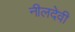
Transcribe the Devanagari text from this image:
नीलदेवी